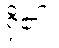
ရှိ၏။